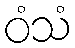
ဝံသံ